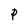
Character: P